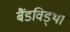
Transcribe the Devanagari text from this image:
बैंडविड्थों